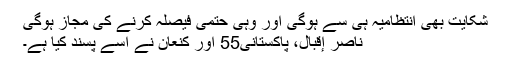
شکایت بھی انتظامیہ ہی سے ہوگی اور وہی حتمی فیصلہ کرنے کی مجاز ہوگی
ناصر إقبال، پاکستانی55 اور کنعان نے اسے پسند کیا ہے۔